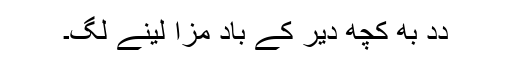
دِدِ بھِ کُچھ دیر کے باد مزا لینے لگِ۔